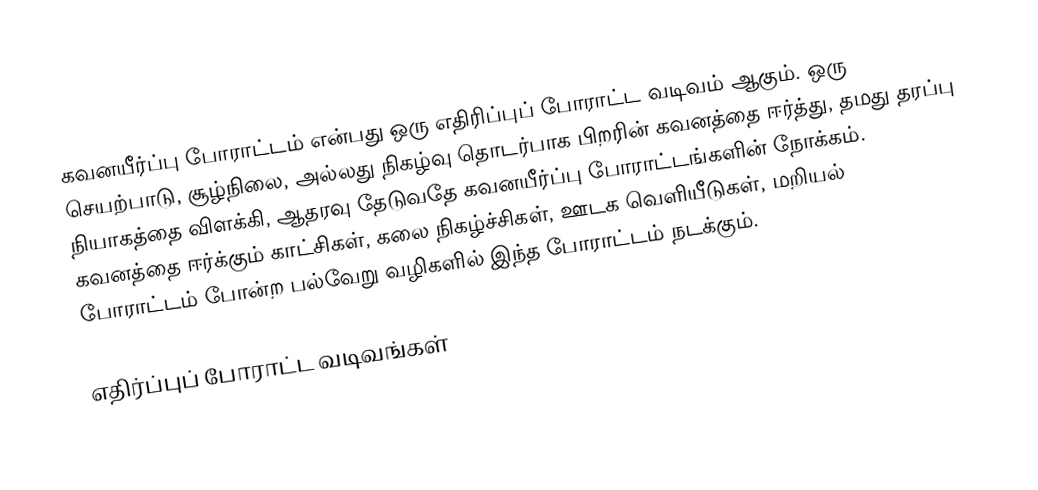
கவனயீர்ப்பு போராட்டம் என்பது ஒரு எதிரிப்புப் போராட்ட வடிவம் ஆகும். ஒரு செயற்பாடு, சூழ்நிலை, அல்லது நிகழ்வு தொடர்பாக பிறரின் கவனத்தை ஈர்த்து, தமது தரப்பு நியாகத்தை விளக்கி, ஆதரவு தேடுவதே கவனயீர்ப்பு போராட்டங்களின் நோக்கம்.  கவனத்தை ஈர்க்கும் காட்சிகள், கலை நிகழ்ச்சிகள், ஊடக வெளியீடுகள், மறியல் போராட்டம் போன்ற பல்வேறு வழிகளில் இந்த போராட்டம் நடக்கும்.

எதிர்ப்புப் போராட்ட வடிவங்கள்